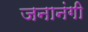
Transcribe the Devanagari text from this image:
जनानंगी